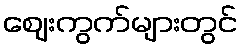
ဈေးကွက်များတွင်